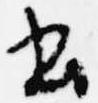
書